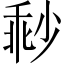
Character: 𡮓